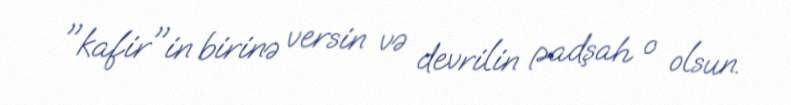
"kafir"in birinə versin və devrilin padşah o olsun.